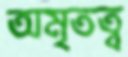
অমৃতত্ব